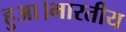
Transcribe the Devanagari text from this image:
हुआ।भारतीय